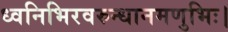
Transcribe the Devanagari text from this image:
ध्वनिभिरवरुन्धानमणुभिः।